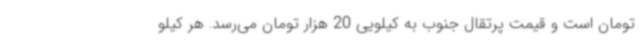
تومان است و قیمت پرتقال جنوب به کیلویی 20 هزار تومان می‌رسد. هر کیلو